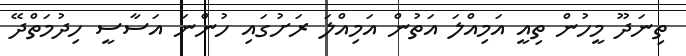
ތިނަދޫ މީހުން ތިއީ އަމިއްލަ އަތުން އަމިއްލަ ރަށުގައި ހުންނަ އަސާސީ ހިދުމަތްދޭ